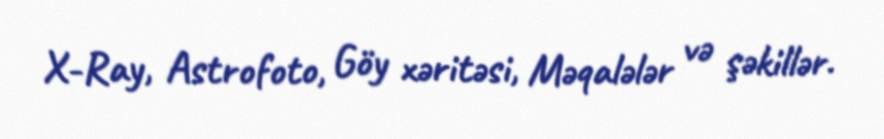
X-Ray, Astrofoto, Göy xəritəsi, Məqalələr və şəkillər.